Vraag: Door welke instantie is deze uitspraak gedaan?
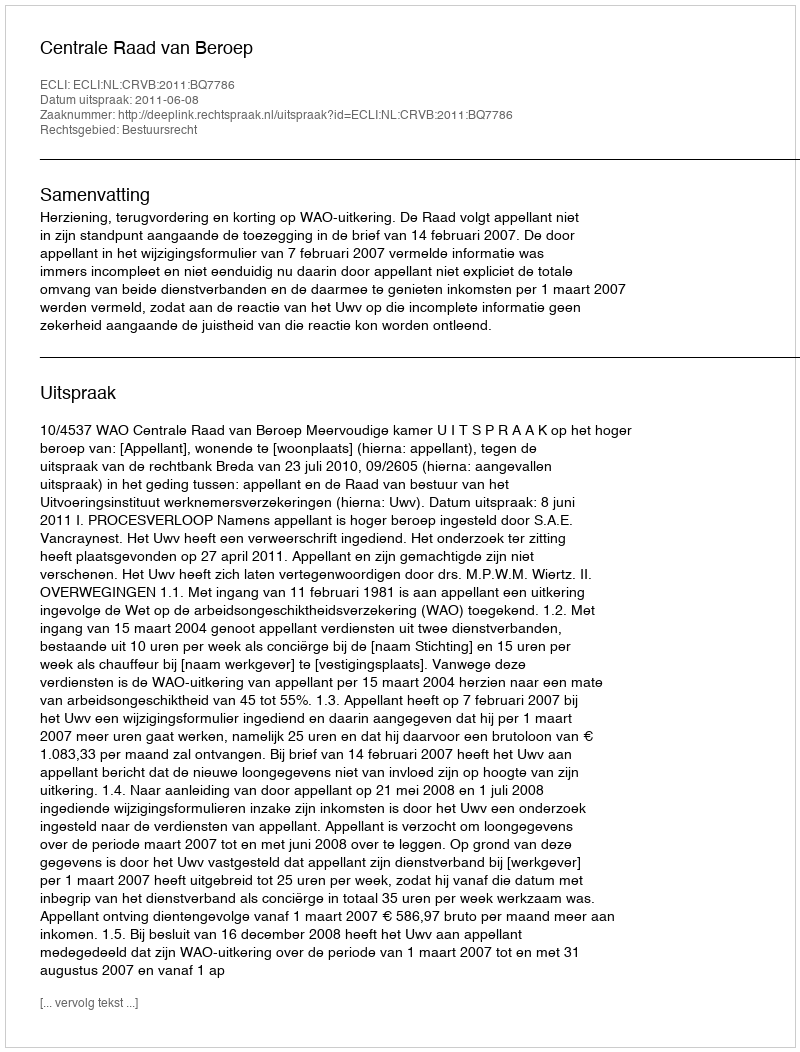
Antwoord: Centrale Raad van Beroep